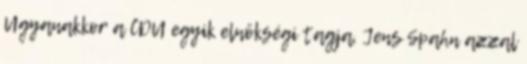
Ugyanakkor a CDU egyik elnökségi tagja, Jens Spahn azzal